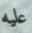
عليه